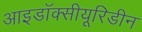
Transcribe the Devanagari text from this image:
आइडॉक्सीयूरिडीन